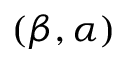
( \beta , \alpha )